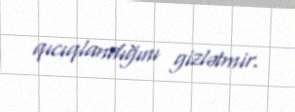
qıcıqlandığını gizlətmir.